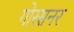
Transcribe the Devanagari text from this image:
गोस्सनर